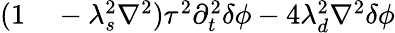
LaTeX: \begin{array}{rl}{(1}&{{}-\lambda_{s}^{2}\nabla^{2})\tau^{2}\partial_{t}^{2}\delta\phi-4\lambda_{d}^{2}\nabla^{2}\delta\phi}\end{array}